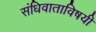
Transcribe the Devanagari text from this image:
संधिवाताविषयी